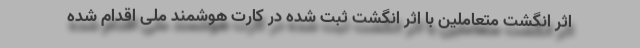
اثر انگشت متعاملین با اثر انگشت ثبت شده در کارت هوشمند ملی اقدام شده